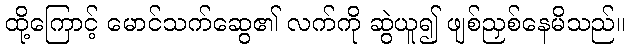
ထို့ကြောင့် မောင်သက်ဆွေ၏ လက်ကို ဆွဲယူ၍ ဖျစ်ညှစ်နေမိသည်။